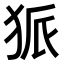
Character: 𤞅